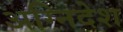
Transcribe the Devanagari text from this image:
अग्निदेश